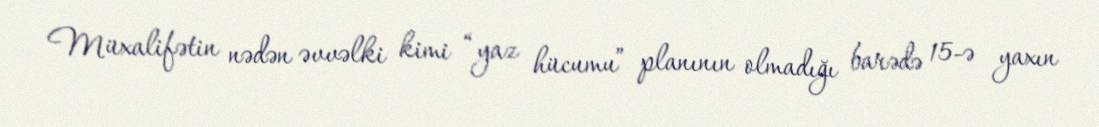
Müxalifətin nədən əvvəlki kimi “yaz hücumu” planının olmadığı barədə 15-ə yaxın